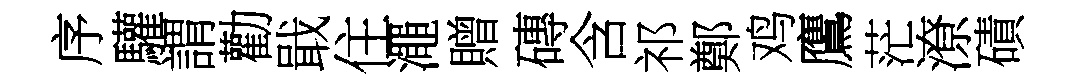
序驩謂勸戢住澠贈磚含祁鄭鸡鷹茫潦磧